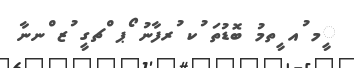
ީމ ުއ ީތމު ބޮޑުތަ ުކ ުރފާނު ޯޕ ްޗގީ ުޒ ްނނާ